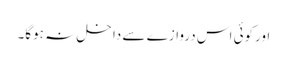
اورکوئی اس دروازے سے داخل نہ ہوگا۔